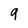
Character: 9